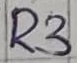
Text: R3